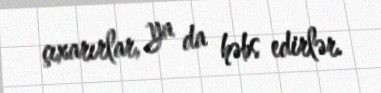
çıxarırlar, ya da həbs edirlər.